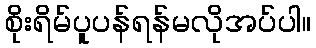
စိုးရိမ်ပူပန်ရန်မလိုအပ်ပါ။